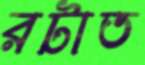
রটাত